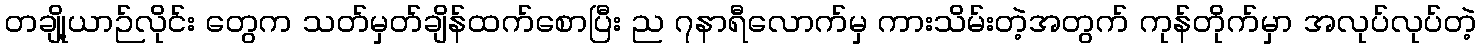
တချို့ယာဉ်လိုင်း တွေက သတ်မှတ်ချိန်ထက်စောပြီး ည ၇နာရီလောက်မှ ကားသိမ်းတဲ့အတွက် ကုန်တိုက်မှာ အလုပ်လုပ်တဲ့